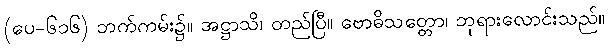
(ပေ-၆၁၆) ဘက်ကမ်း၌။ အဋ္ဌာသိ၊ တည်ပြီ။ ဗောဓိသတ္တော၊ ဘုရားလောင်းသည်။